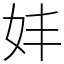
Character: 妦